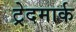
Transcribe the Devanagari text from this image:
ट्रेदमार्क